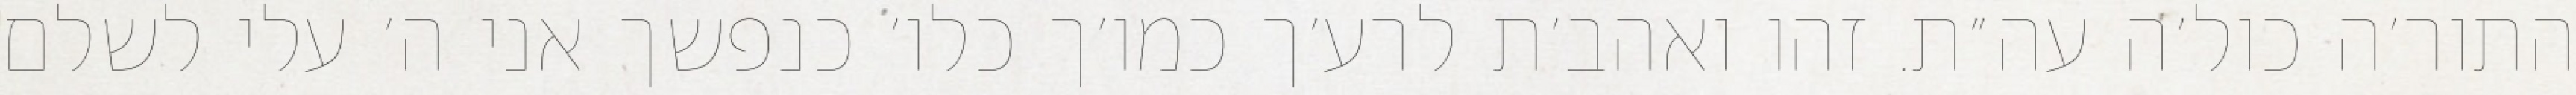
התור׳ה כול׳ה עה״ת. זהו ואהב׳ת לרע׳ך כמו׳ך כלו׳ כנפשך אני ה׳ עלי לשלם